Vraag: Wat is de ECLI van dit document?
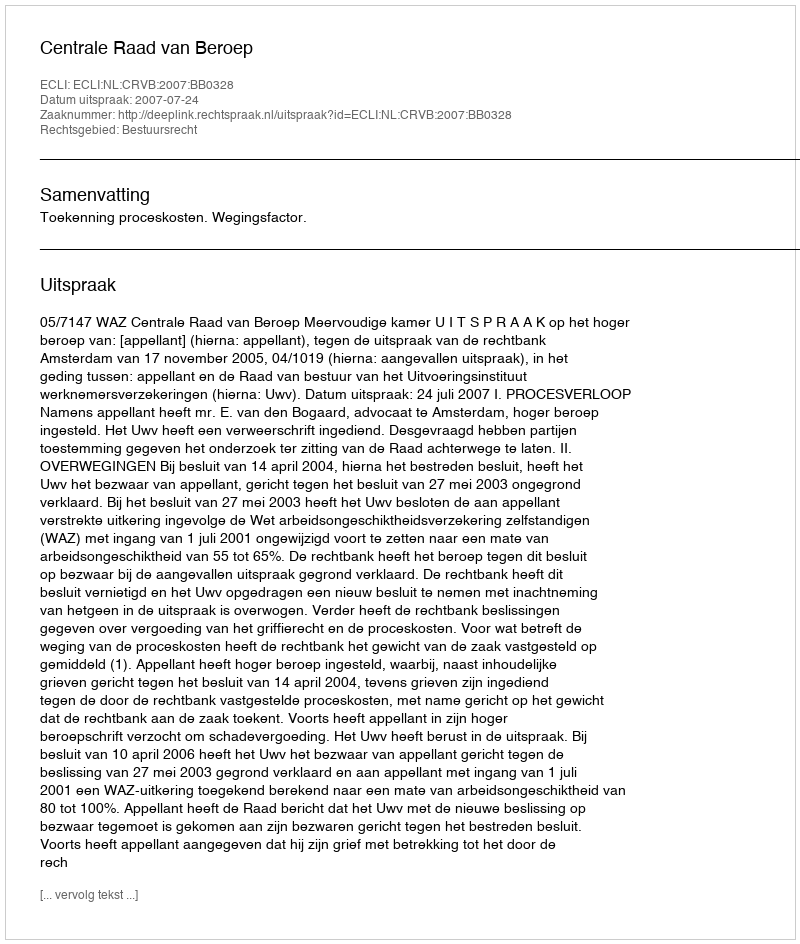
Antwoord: ECLI:NL:CRVB:2007:BB0328